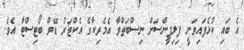
އެ ބައި ކުޅެފައިވަނީ ފިލިޕީންސަށް ނިސްބަތްވާ އެމެރިކާގެ އެކްޓަރު ޑޭވް ބޯޓިސްޓާ އެވެ.